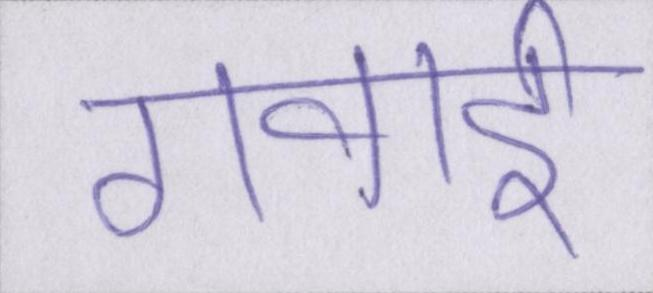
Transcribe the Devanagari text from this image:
गवाई